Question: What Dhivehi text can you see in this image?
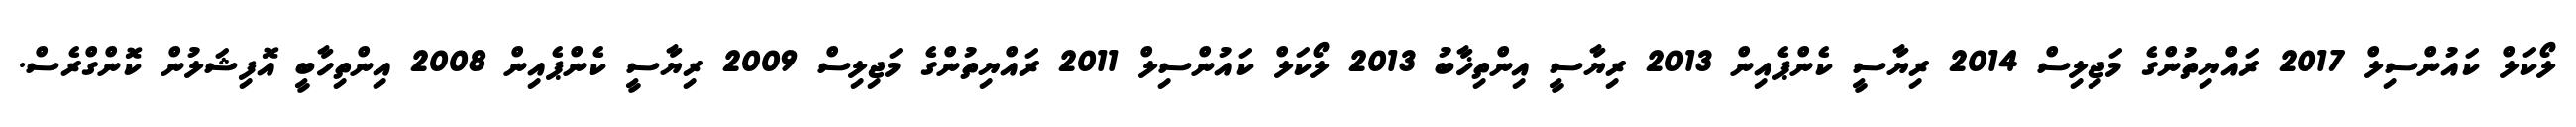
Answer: ލޯކަލް ކައުންސިލް 2017 ރައްޔިތުންގެ މަޖިލިސް 2014 ރިޔާސީ ކެންޕެއިން 2013 ރިޔާސީ އިންތިޚާބު 2013 ލޯކަލް ކައުންސިލް 2011 ރައްޔިތުންގެ މަޖިލިސް 2009 ރިޔާސީ ކެންޕެއިން 2008 އިންތިހާބީ އޮފިޝަލުން ކޮންގްރެސް.